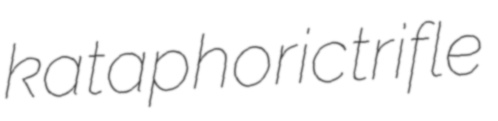
kataphoric trifle